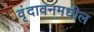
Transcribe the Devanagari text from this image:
वृंदावनमधील